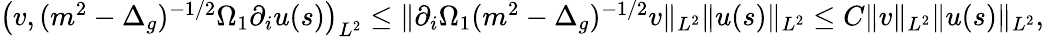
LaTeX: \begin{array}{r}{\left(v,(m^{2}-{\Delta}_{g})^{-1/2}\Omega_{1}\partial_{i}u(s)\right)_{L^{2}}\leq\| \partial_{i}\Omega_{1}(m^{2}-{\Delta}_{g})^{-1/2}v\| _{L^{2}}\| u(s)\| _{L^{2}}\leq C\| v\| _{L^{2}}\| u(s)\| _{L^{2}},}\end{array}